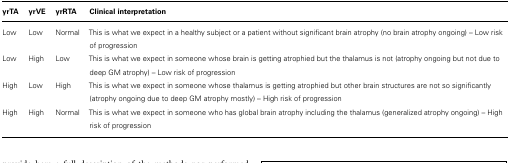
<table><thead><tr><td><b>yrTA</b></td><td><b>yrVE</b></td><td><b>yrRTA</b></td><td><b>Clinical interpretation</b></td></tr></thead><tbody><tr><td>Low</td><td>Low</td><td>Normal</td><td>This is what we expect in a healthy subject or a patient without significant brain atrophy (no brain atrophy ongoing) – Low risk of progression</td></tr><tr><td>Low</td><td>High</td><td>Low</td><td>This is what we expect in someone whose brain is getting atrophied but the thalamus is not (atrophy ongoing but not due to deep GM atrophy) – Low risk of progression</td></tr><tr><td>High</td><td>Low</td><td>High</td><td>This is what we expect in someone whose thalamus is getting atrophied but other brain structures are not so significantly (atrophy ongoing due to deep GM atrophy mostly) – High risk of progression</td></tr><tr><td>High</td><td>High</td><td>Normal</td><td>This is what we expect in someone who has global brain atrophy including the thalamus (generalized atrophy ongoing) – High risk of progression</td></tr></tbody></table>